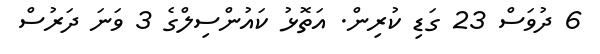
6 ދުވަސް 23 ގަޑި ކުރިން. އަތޮޅު ކައުންސިލްގެ 3 ވަނަ ދަރުސް